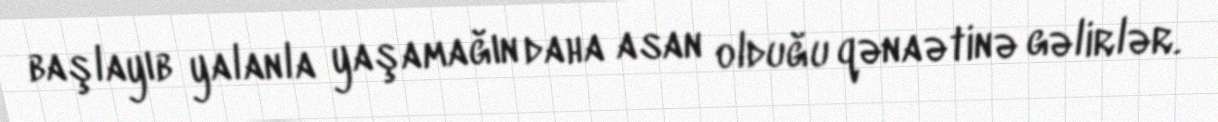
başlayıb yalanla yaşamağın daha asan olduğu qənaətinə gəlirlər.